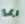
ربما